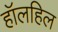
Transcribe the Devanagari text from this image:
हॉलहिल